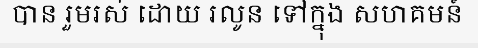
បាន រួមរស់ ដោយ រលូន ទៅក្នុង សហគមន៍